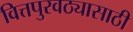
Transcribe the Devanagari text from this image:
वित्तपुरवठ्यासाठी